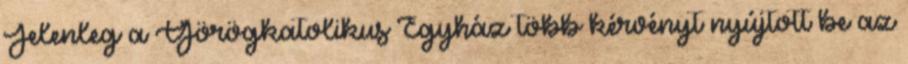
Jelenleg a Görögkatolikus Egyház több kérvényt nyújtott be az